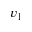
v _ { 1 }